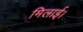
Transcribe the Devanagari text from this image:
मिलाई।